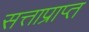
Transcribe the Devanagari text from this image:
सत्ताप्राप्त